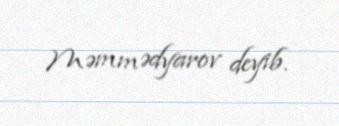
Məmmədyarov deyib.